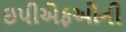
ઇપીએફઓની